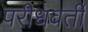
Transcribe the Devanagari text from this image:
परीधवर्ती